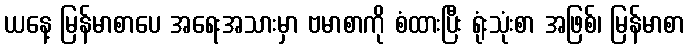
ယနေ့ မြန်မာစာပေ အရေးအသားမှာ ဗမာစာကို စံထားပြီး ရုံးသုံးစာ အဖြစ်၊ မြန်မာစာ